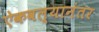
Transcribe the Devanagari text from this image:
ऐकवल्यानंतर